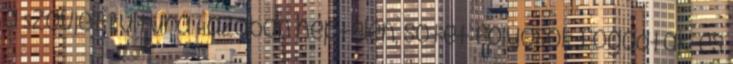
a Szovjet Kultúra Házában néptelen, sötét folyosók fogadtak, és